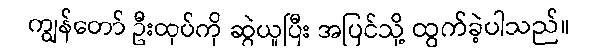
ကျွန်တော် ဦးထုပ်ကို ဆွဲယူပြီး အပြင်သို့ ထွက်ခဲ့ပါသည်။